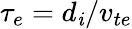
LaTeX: \tau_{e}=d_{\mathit{i}}/v_{te}